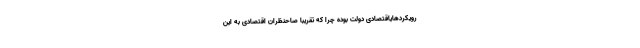
رویکردهایاقتصادی دولت بوده چرا که تقریباً صاحنظران اقتصادی به این